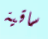
ساقية